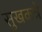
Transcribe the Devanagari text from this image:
सुखकत्रे